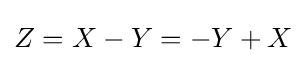
Z=X-Y=-Y+X